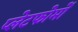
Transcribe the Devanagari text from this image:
प्लेटफोर्मों